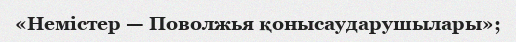
«Немістер — Поволжья қонысаударушылары»;